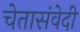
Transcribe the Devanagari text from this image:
चेतासंवेदी